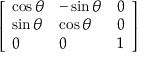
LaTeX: \left[ \begin{array} { l l l } { \cos \theta } & { - \sin \theta } & { 0 } \\ { \sin \theta } & { \cos \theta } & { 0 } \\ { 0 } & { 0 } & { 1 } \end{array} \right]